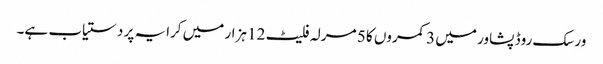
ورسک روڈ پشاور میں 3 کمروں کا 5 مرلہ فلیٹ 12 ہزار میں کرایہ پر دستیاب ہے۔